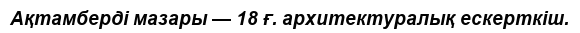
Ақтамберді мазары — 18 ғ. архитектуралық ескерткіш.